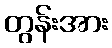
တွန်းအား